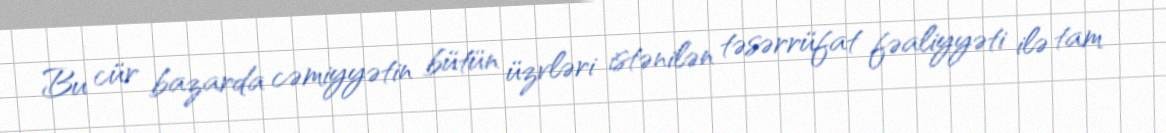
Bu cür bazarda cəmiyyətin bütün üzvləri istənilən təsərrüfat fəaliyyəti ilə tam